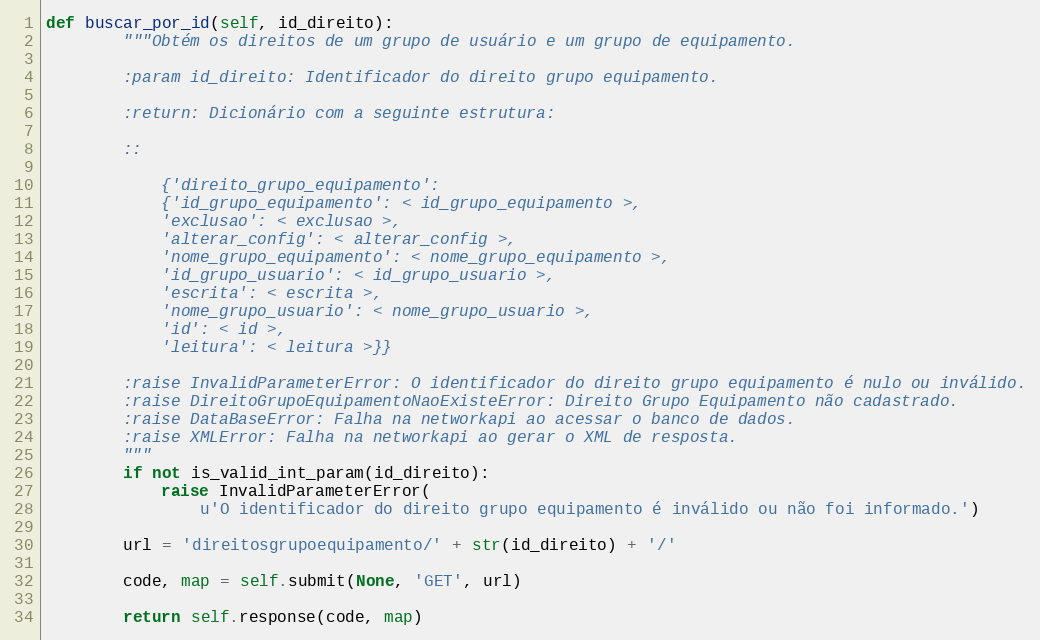
Language: Python
def buscar_por_id(self, id_direito):
        """Obtém os direitos de um grupo de usuário e um grupo de equipamento.

        :param id_direito: Identificador do direito grupo equipamento.

        :return: Dicionário com a seguinte estrutura:

        ::

            {'direito_grupo_equipamento':
            {'id_grupo_equipamento': < id_grupo_equipamento >,
            'exclusao': < exclusao >,
            'alterar_config': < alterar_config >,
            'nome_grupo_equipamento': < nome_grupo_equipamento >,
            'id_grupo_usuario': < id_grupo_usuario >,
            'escrita': < escrita >,
            'nome_grupo_usuario': < nome_grupo_usuario >,
            'id': < id >,
            'leitura': < leitura >}}

        :raise InvalidParameterError: O identificador do direito grupo equipamento é nulo ou inválido.
        :raise DireitoGrupoEquipamentoNaoExisteError: Direito Grupo Equipamento não cadastrado.
        :raise DataBaseError: Falha na networkapi ao acessar o banco de dados.
        :raise XMLError: Falha na networkapi ao gerar o XML de resposta.
        """
        if not is_valid_int_param(id_direito):
            raise InvalidParameterError(
                u'O identificador do direito grupo equipamento é inválido ou não foi informado.')

        url = 'direitosgrupoequipamento/' + str(id_direito) + '/'

        code, map = self.submit(None, 'GET', url)

        return self.response(code, map)